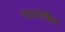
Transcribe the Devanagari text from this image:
एलरोहिर